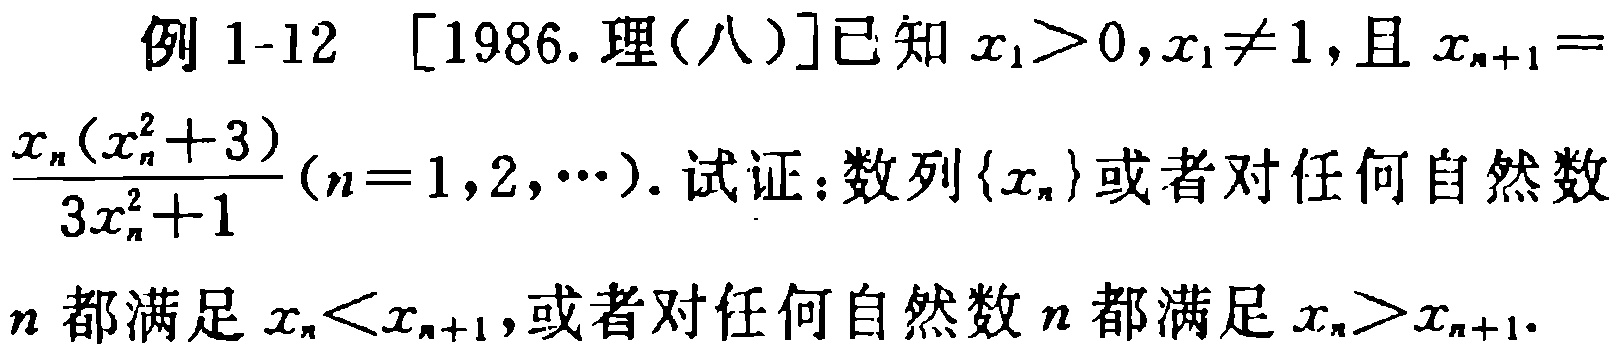
例 1-12 [1986. 理(八)]已知 \(x_1>0,x_1\neq1\), 且 \(x_{n + 1}=\frac{x_n(x_n^2 + 3)}{3x_n^2 + 1}(n = 1,2,\cdots)\). 试证：数列\(\{x_n\}\)或者对任何自然数\(n\)都满足 \(x_n<x_{n + 1}\), 或者对任何自然数\(n\)都满足 \(x_n>x_{n + 1}\).